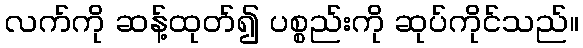
လက်ကို ဆန့်ထုတ်၍ ပစ္စည်းကို ဆုပ်ကိုင်သည်။